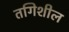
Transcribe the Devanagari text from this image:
तगिशील